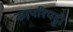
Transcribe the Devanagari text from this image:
कापरिपट्टी